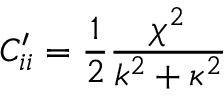
C _ { i i } ^ { \prime } = \frac { 1 } { 2 } \frac { \chi ^ { 2 } } { k ^ { 2 } + \kappa ^ { 2 } }